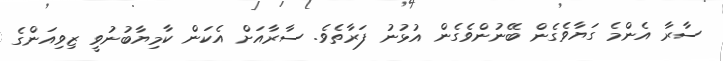
ސާރާ އެންމެ ގަޔާވެގެން ބޭނުންވެގެން އުޅުނު ފަރާތެވެ. ސާރާއަށް އެކަން ކާމިޔާބުނުވީ ޒިވިއަންގެ